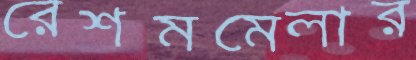
রেশমমেলার